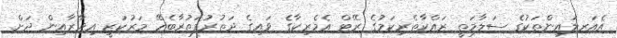
އެއަރލައިންތަކުގެ ސަލާމަތީ ރައްކާތެރިކަމުގެ ރޭޓް އެމެރިކާގެ ވައިގެ ދަތުރުފަތުރާބެހޭ މަރުކަޒީ އިދާރާއިން ދަށް